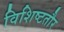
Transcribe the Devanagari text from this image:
विशिष्टतौर